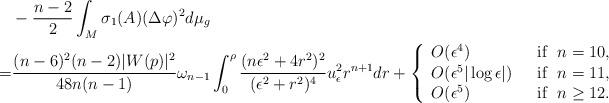
LaTeX: \begin{align*}& -\frac{n-2}{2}\int_M\sigma_1(A)(\Delta\varphi)^2d\mu_g \\=& \frac{(n-6)^2(n-2)|W(p)|^2}{48n(n-1)}\omega_{n-1}\int_0^\rho\frac{(n\epsilon^2+4r^2)^2}{(\epsilon^2+r^2)^4}u_\epsilon^2r^{n+1}dr+\left \{\begin{array}{ll}O(\epsilon^4) &\hbox{~~if~~} n=10,\\O(\epsilon^5 |\log \epsilon|) &\hbox{~~if~~} n=11,\\O(\epsilon^5) &\hbox{~~if~~} n\geq 12.\end{array}\right.\end{align*}